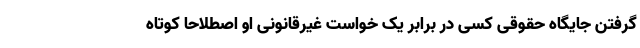
گرفتن جایگاه حقوقی کسی در برابر یک خواست غیرقانونی او اصطلاحاً کوتاه